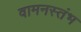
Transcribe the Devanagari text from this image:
वामनस्तंभ